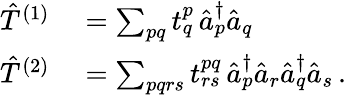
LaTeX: \begin{array}{rl}{\hat{T}^{(1)}}&{{}=\sum_{pq}t_{q}^{p}\, \hat{a}_{p}^{\dagger}\hat{a}_{q}}\\ {\hat{T}^{(2)}}&{{}=\sum_{pqrs}t_{rs}^{pq}\, \hat{a}_{p}^{\dagger}\hat{a}_{r}\hat{a}_{q}^{\dagger}\hat{a}_{s}\, .}\end{array}